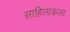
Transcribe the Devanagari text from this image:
साहित्यकला